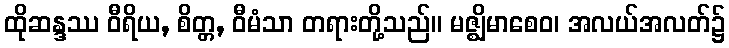
ထိုဆန္ဒဿ ဝီရိယ, စိတ္တ, ဝီမံသာ တရားတို့သည်။ မဇ္ဈိမာစေဝ၊ အလယ်အလတ်၌